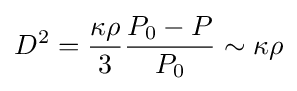
D^{2}={\frac {\kappa \rho }{3}}{\frac {P_{0}-P}{P_{0}}}\sim \kappa \rho